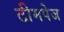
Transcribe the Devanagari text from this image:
टीमपेज